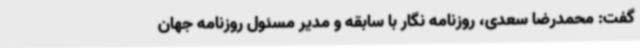
گفت: محمدرضا سعدی، روزنامه نگار با سابقه و مدیر مسئول روزنامه جهان